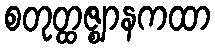
စတုတ္ထဇ္ဈာနကထာ